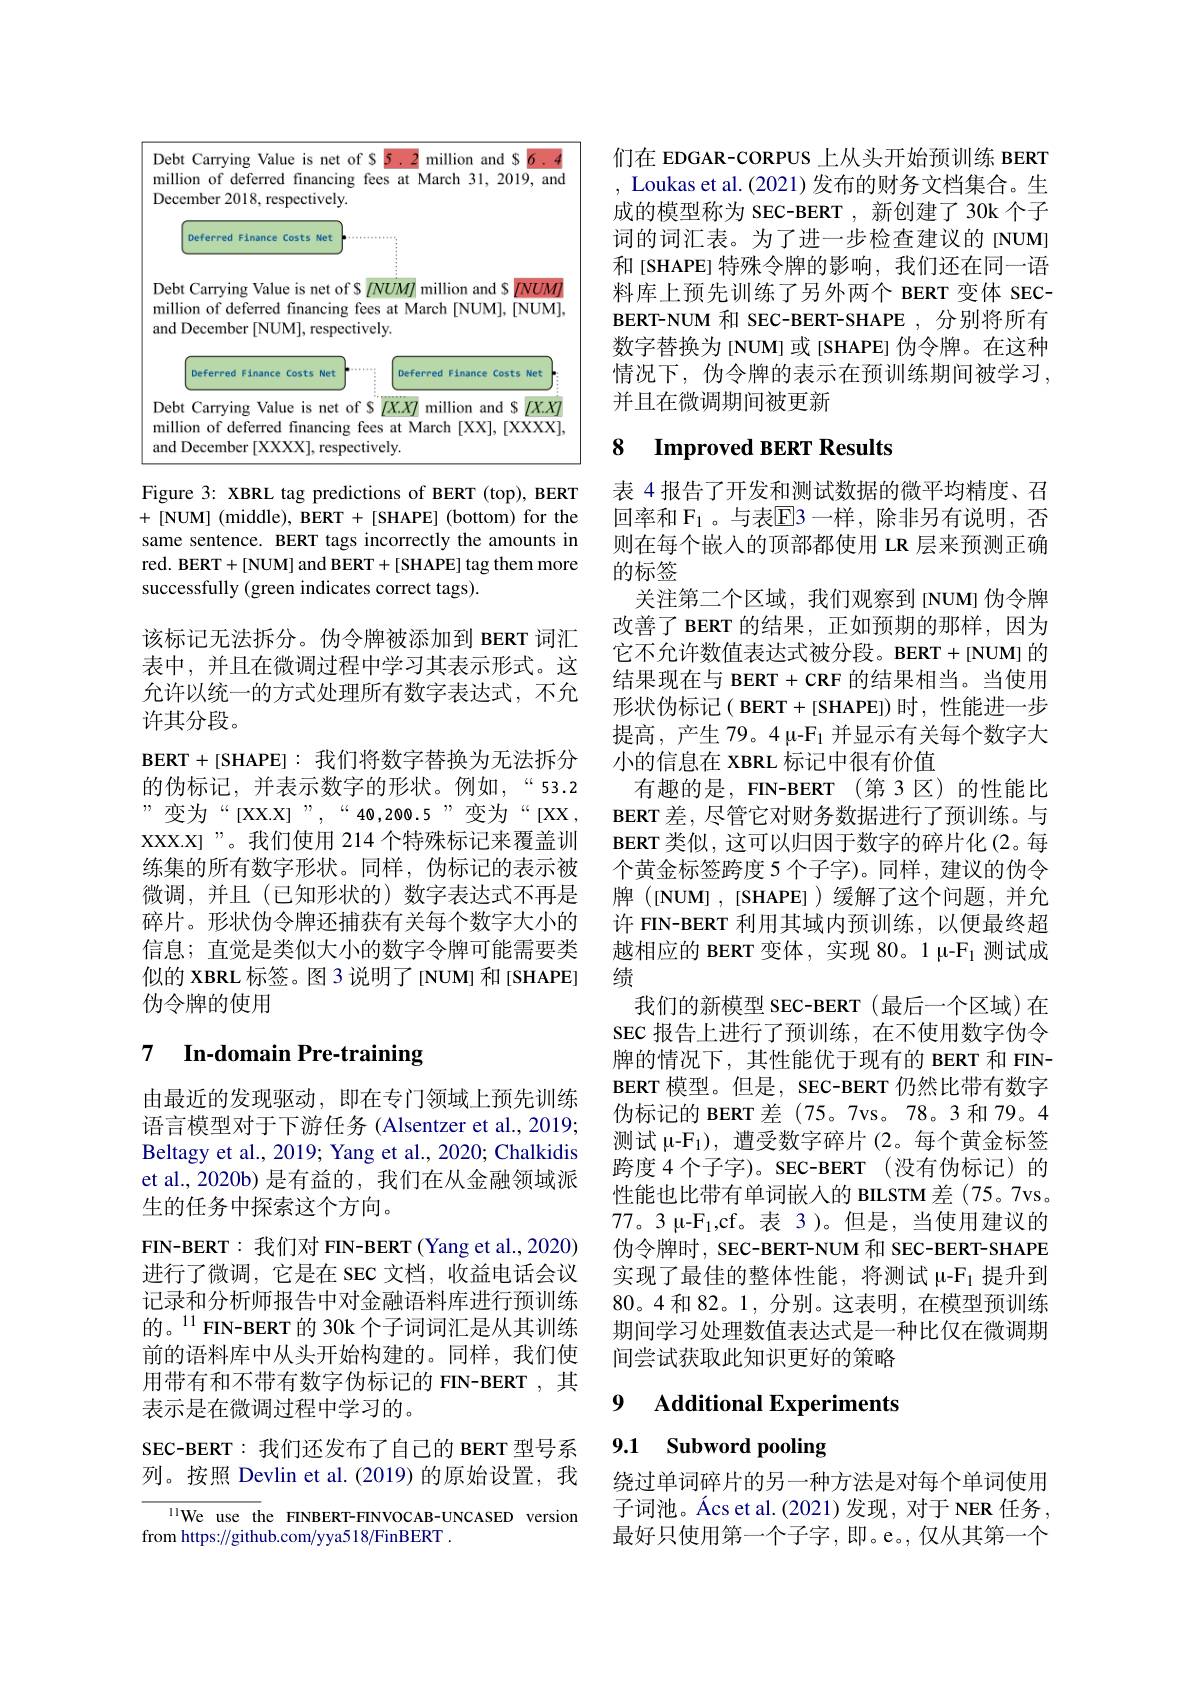
<FigureHere>

Figure 3: XBRL tag predictions of BERT (top), BERT +[NUM] (middle), BERT +[SHAPE] (bottom) for the same sentence. BERT tags incorrectly the amounts in red. BERT+[NUM] and BERT+[SHAPE] tag them more successfully (green indicates correct tags).

该标记无法拆分。伪令牌被添加到 BERT 词汇表中，并且在微调过程中学习其表示形式。这允许以统一的方式处理所有数字表达式，不允许其分段。
$\mathbf{BERT}+ [$SHAPE]:我们将数字替换为无法拆分的伪标记，并表示数字的形状。例如，“53.2 ”变为“[XX.X]”,““40,200.5”变为“[XX, XXX.X]”。我们使用 214 个特殊标记来覆盖训练集的所有数字形状。同样，伪标记的表示被微调，并且(已知形状的)数字表达式不再是碎片。形状伪令牌还捕获有关每个数字大小的信息；直觉是类似大小的数字令牌可能需要类似的 XBRL 标签。图 3 说明了[NUM] 和[SHAPE] 伪令牌的使用

# 7 In-domain Pre-training

由最近的发现驱动，即在专门领域上预先训练语言模型对于下游任务 (Alsentzer et al., 20193 Beltagy et al., 2019; Yang et al., 2020; Chalkidis et al., 2020b) 是有益的，我们在从金融领域派生的任务中探索这个方向。
FIN-BERT: 我们对 FIN-BERT (Yang et al., 2020) 进行了微调，它是在 SEC 文档，收益电话会议记录和分析师报告中对金融语料库进行预训练的。$^{11}$FIN-BERT 的 30k 个子词词汇是从其训练前的语料库中从头开始构建的。同样，我们使用带有和不带有数字伪标记的 FIN-BERT , 其表示是在微调过程中学习的。
SEC-BERT:我们还发布了自己的 BERT 型号系列。按照 Devlin et al.(2019)的原始设置，我

$^{11}$We use the FINBERT-FINVOCAB-UNCASED version
from https://github.com/yya518/FinBERT .

们在 EDGAR-CORPUS 上从头开始预训练 BERT , Loukas et al. (2021)发布的财务文档集合。生成的模型称为 SEC-BERT , 新创建了 30k 个子词的词汇表。为了进一步检查建议的[NUM] 和[SHAPE]特殊令牌的影响，我们还在同一语料库上预先训练了另外两个 BERT 变体 SECBERT-NUM 和 SEC-BERT-SHAPE ,分别将所有数字替换为[NUM]或[SHAPE]伪令牌。在这种情况下，伪令牌的表示在预训练期间被学习， 并且在微调期间被更新

# 8 Improved BERT Results

表 4 报告了开发和测试数据的微平均精度、召回率和 $\mathcal{F}_1$ 。与表$\mathbb{E}$3 一样，除非另有说明，否则在每个嵌入的顶部都使用 LR 层来预测正确的标签
关注第二个区域，我们观察到[NUM]伪令牌改善了 BERT 的结果，正如预期的那样，因为它不允许数值表达式被分段。BERT+[NUM] 的结果现在与 BERT + CRF 的结果相当。当使用形状伪标记( BERT+[SHAPE])时，性能进一步提高，产生 79。4 μ-F1 并显示有关每个数字大小的信息在 XBRL 标记中很有价值
有趣的是，FIN-BERT (第3区)的性能比BERT 差，尽管它对财务数据进行了预训练。与BERT 类似，这可以归因于数字的碎片化(2。每个黄金标签跨度 5 个子字)。同样，建议的伪令牌 ([NUM],[SHAPE])缓解了这个问题，并允许 FIN-BERT 利用其域内预训练，以便最终超越相应的 BERT 变体，实现 80。1 μ-F$_1$测试成绩
我们的新模型 SEC-BERT(最后一个区域)在SEC 报告上进行了预训练，在不使用数字伪令牌的情况下，其性能优于现有的 BERT 和 FINBERT 模型。但是，SEC-BERT 仍然比带有数字伪标记的 BERT 差 (75。7vs。78。3和79。4测试 μ-$\mathcal{F}_1)$,遭受数字碎片(2。每个黄金标签跨度 4 个子字)。SEC-BERT (没有伪标记)的性能也比带有单词嵌入的 BILSTM 差(75。7vs。77。3 u-F$_1$,cf。表 3)。但是，当使用建议的伪令牌时，SEC-BERT-NUM 和 SEC-BERT-SHAPE 实现了最佳的整体性能，将测试 μ-F$_1$提升到80。4 和 82。1, 分别。这表明，在模型预训练期间学习处理数值表达式是一种比仅在微调期间尝试获取此知识更好的策略

### 9 Additional Experiments

9.1 Subword pooling

绕过单词碎片的另一种方法是对每个单词使用子词池。Ács et al.(2021)发现，对于 NER 任务， 最好只使用第一个子字，即。e。,仅从其第一个